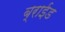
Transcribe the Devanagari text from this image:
ब्राईड